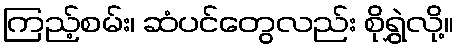
ကြည့်စမ်း၊ ဆံပင်တွေလည်း စိုရွှဲလို့။